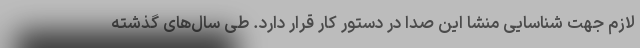
لازم جهت شناسایی منشا این صدا در دستور کار قرار دارد. طی سال‌های گذشته